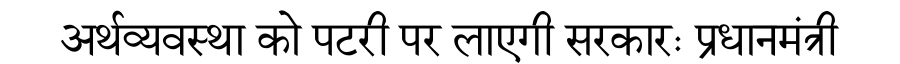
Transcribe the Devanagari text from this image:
अर्थव्यवस्था को पटरी पर लाएगी सरकारः प्रधानमंत्री